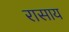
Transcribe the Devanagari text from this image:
रासाय